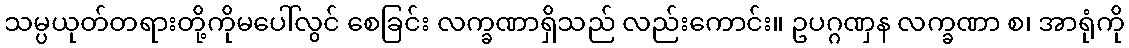
သမ္ပယုတ်တရားတို့ကိုမပေါ်လွင် စေခြင်း လက္ခဏာရှိသည် လည်းကောင်း။ ဥပဂ္ဂဏှန လက္ခဏာ စ၊ အာရုံကို